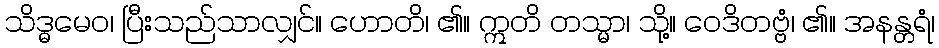
သိဒ္ဓမေဝ၊ ပြီးသည်သာလျှင်။ ဟောတိ၊ ၏။ ဣတိ တသ္မာ၊ သို့။ ဝေဒိတဗ္ဗံ၊ ၏။ အနန္တရံ၊